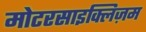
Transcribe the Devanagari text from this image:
मोटरसाइक्लिज़म